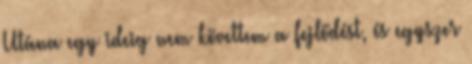
Utána egy ideig nem követtem a fejlődést, és egyszer